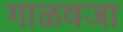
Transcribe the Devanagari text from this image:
गाळवजा